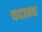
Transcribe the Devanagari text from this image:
वदान्य